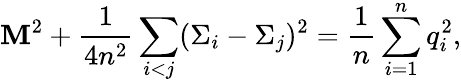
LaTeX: \mathbf{M}^{2}+{\frac{{1}}{{4n^{2}}}}\sum_{i<j}(\Sigma_{i}-\Sigma_{j})^{2}={\frac{{1}}{{n}}}\sum_{i=1}^{n}q_{i}^{2},